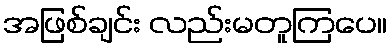
အဖြစ်ချင်း လည်းမတူကြပေ။